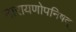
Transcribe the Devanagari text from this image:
नारायणोपनिषद्